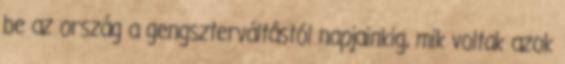
be az ország a gengszterváltástól napjainkig, mik voltak azok